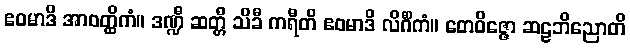
ဧဝမာဒိ အာဝတ္ထိကံ။ ဒဏ္ဍီ ဆတ္တီ သိခီ ကရီတိ ဧဝမာဒိ လိင်္ဂိကံ။ တေဝိဇ္ဇော ဆဠဘိညောတိ